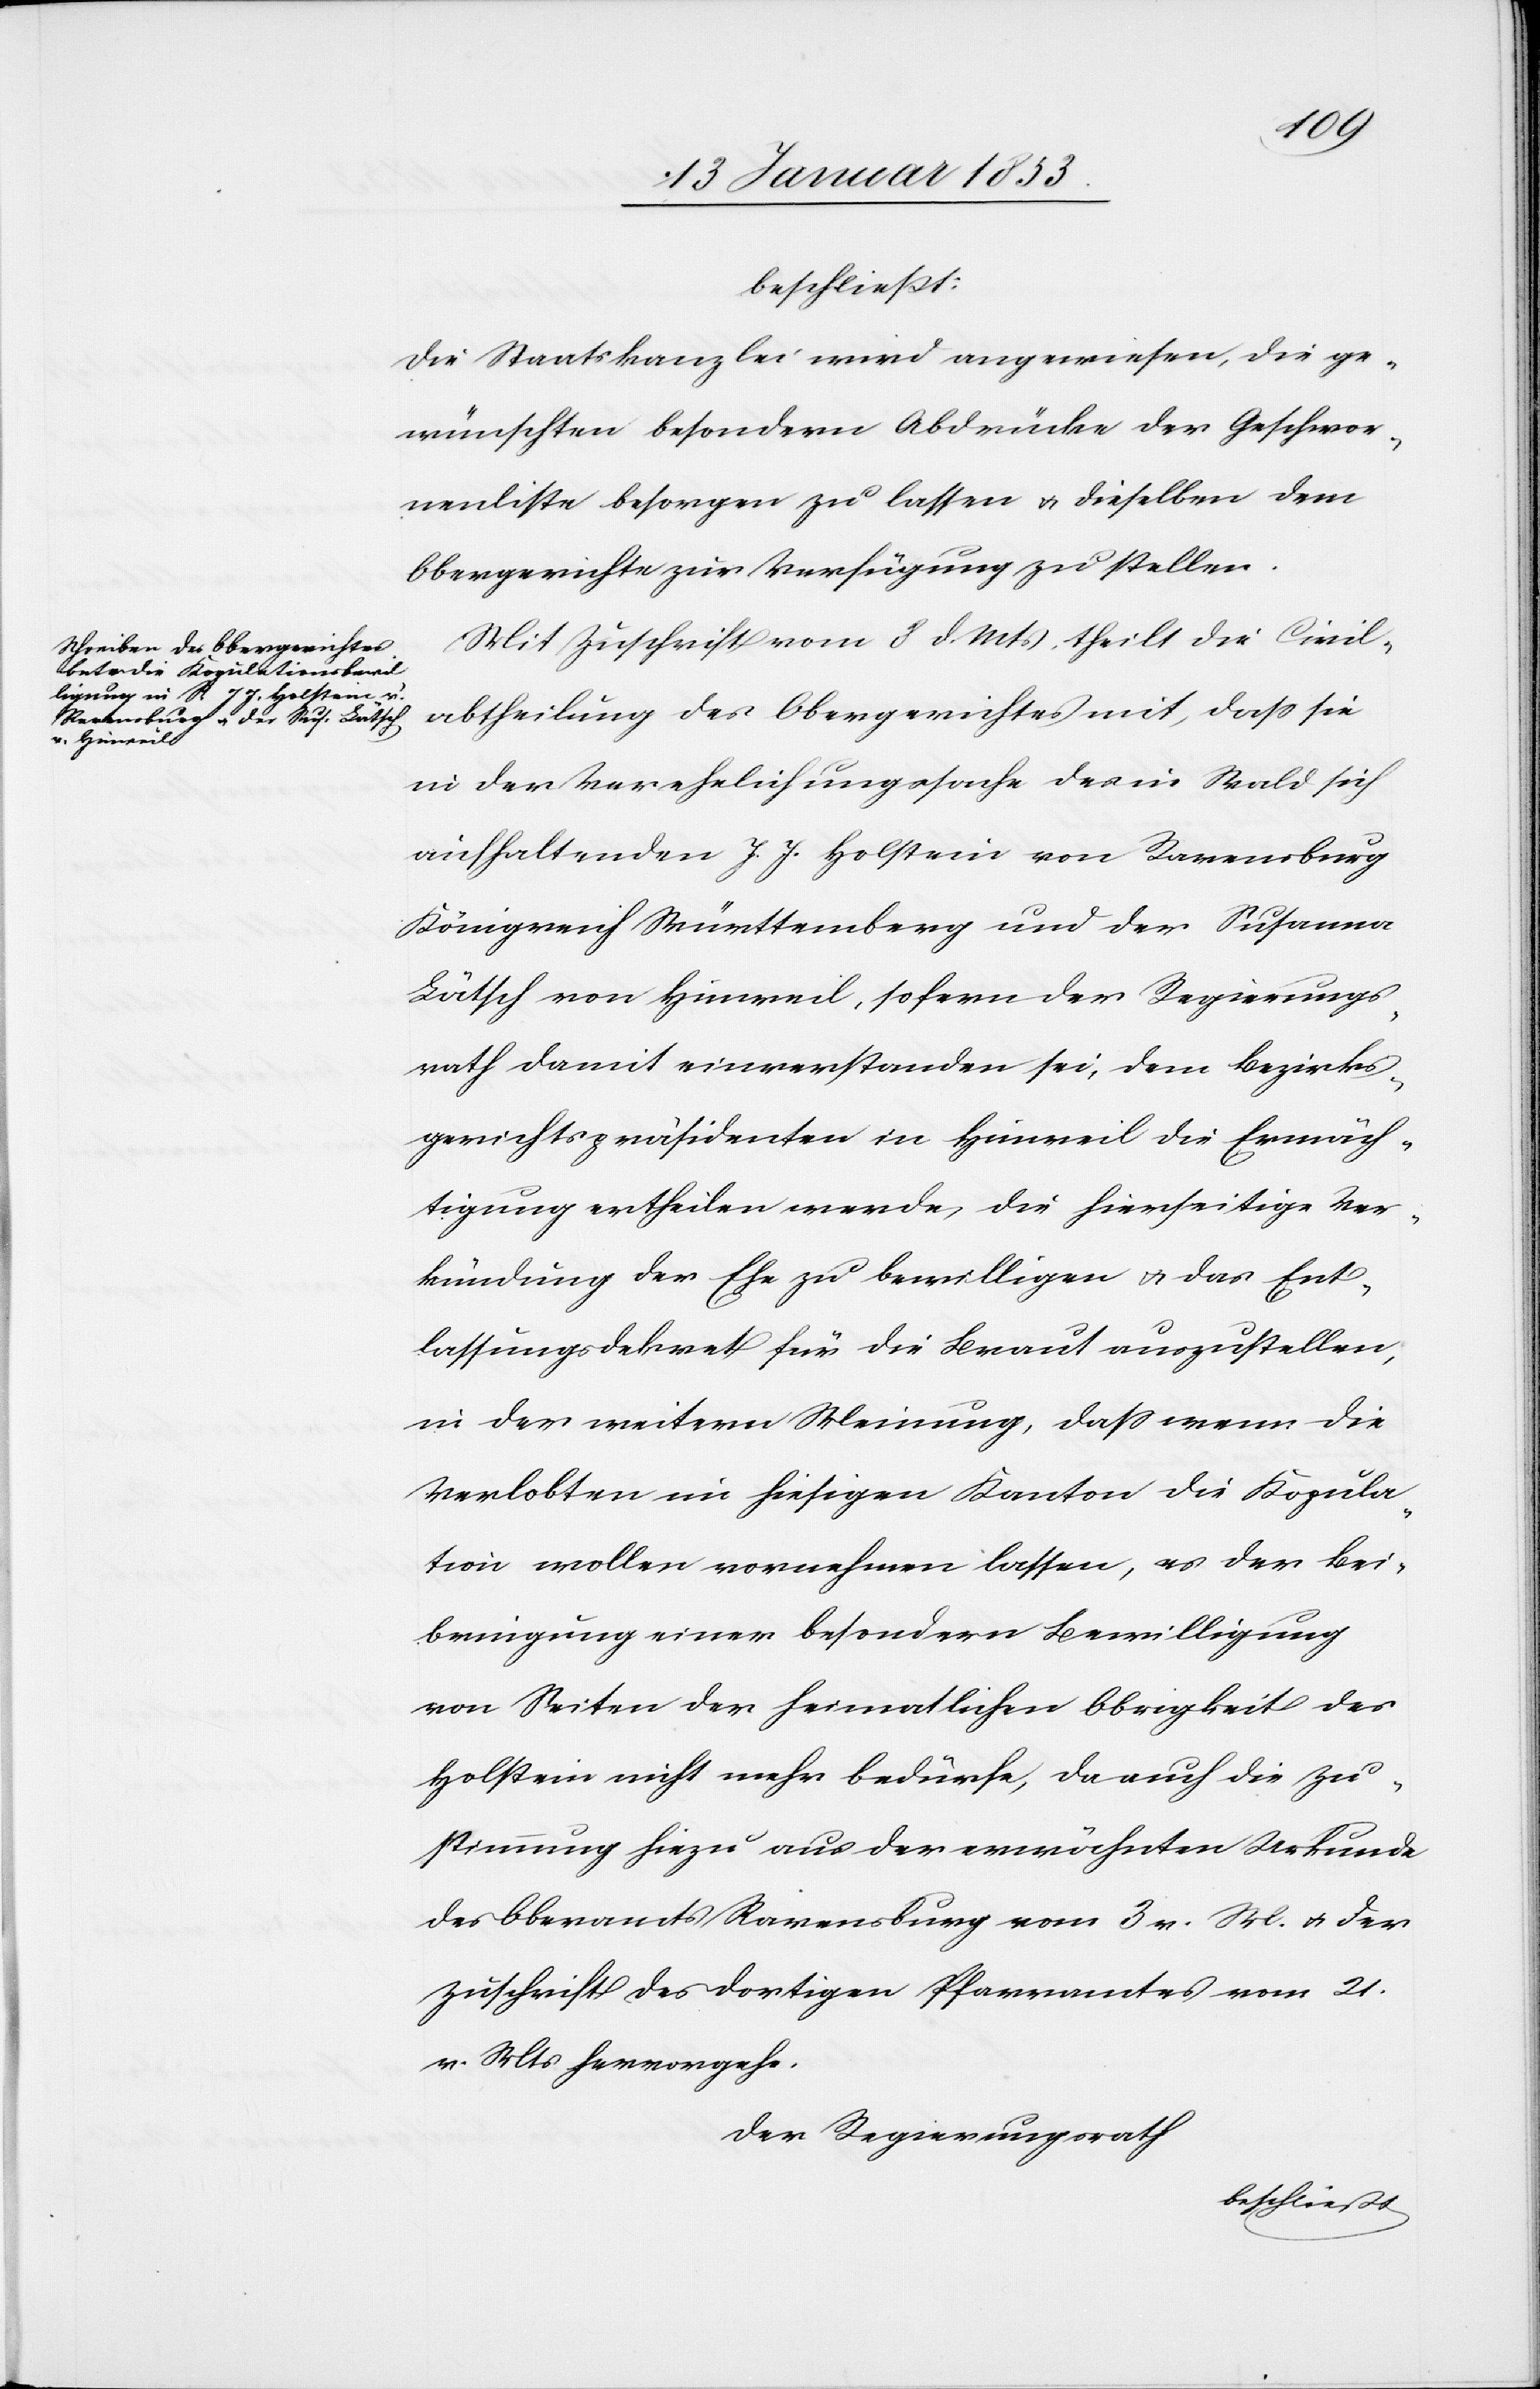
beschließt:
Die Staatskanzlei wird angewiesen, die ge¬
wünschten besondern Abdrücke der Geschwore¬
nenliste besorgen zu lassen u. dieselben dem
Obergerichte zur Verfügung zu stellen.
Mit Zuschrift vom 8 d. Mts. theilt die Civil¬
abtheilung des Obergerichtes mit, daß sie
in der Verehelichungssache des in Wald sich
aufhaltenden J. J. Holstein von Ravensburg
Königreich Württemberg und der Susanna
Lätsch von Hinweil, so fern der Regierungs¬
rath damit einverstanden sei, dem Bezirks¬
gerichtspräsidenten in Hinweil die Ermäch¬
tigung ertheilen werde, die hierseitige Ver¬
kündung der Ehe zu bewilligen u. das Ent¬
lassungsdekret für die Braut auszustellen,
in der weitern Meinung, daß wenn die
Verlobten im hiesigen Kanton die Kopula¬
tion wollen vornehmen lassen, es der Besc¬
heinigung einer besondern Bewilligung
von Seiten der heimatlichen Obrigkeit des
Holstein nicht mehr bedürfe, da auch die Zu¬
stimmung hiezu aus der erwähnten Urkunde
des Oberamts Ravensburg vom 3 v. M. u. der
Zuschrift des dortigen Pfarramtes vom 21
v. Mts. hervorgehe.
Der Regierungsrath